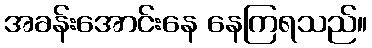
အခန်းအောင်းနေ နေကြရသည်။